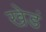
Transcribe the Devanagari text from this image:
खेडं